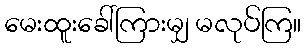
မေးထူးခေါ်ကြားမျှ မလုပ်ကြ။